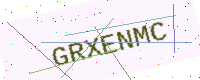
Text: GRXENMC